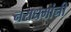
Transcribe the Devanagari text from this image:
नराधमांनी